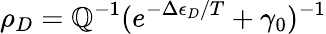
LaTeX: \rho_{D}=\mathbb{Q}^{-1}(e^{-\Delta\epsilon_{D}/T}+\gamma_{0})^{-1}